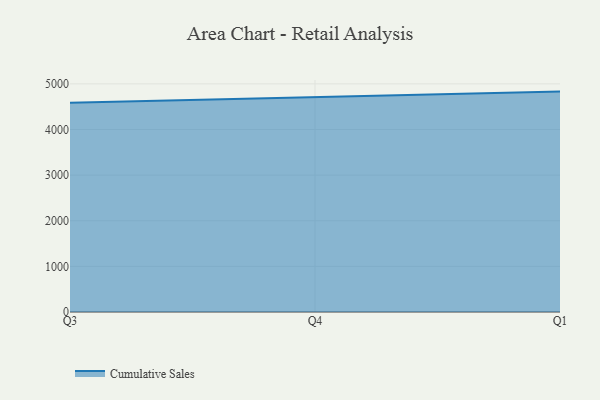
{"axis": {"x": "Quarter", "y": "Humidity (%)"}, "legend": ["Cumulative Sales"], "data": [{"x": "Q3", "y": 4584.7, "type": "Cumulative Sales"}, {"x": "Q4", "y": 4710.9, "type": "Cumulative Sales"}, {"x": "Q1", "y": 4830.6, "type": "Cumulative Sales"}]}